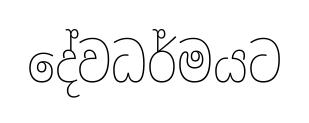
දේවධර්මයට